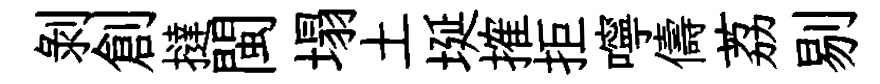
剝創撻閩塌土埏搉拒嚀儔荔剔